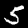
Label: 5